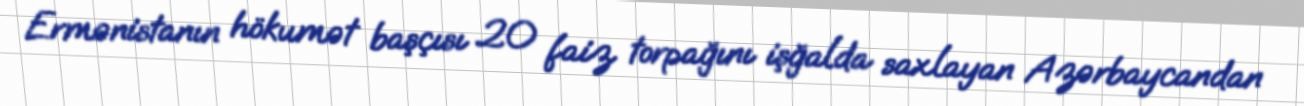
Ermənistanın hökumət başçısı 20 faiz torpağını işğalda saxlayan Azərbaycandan